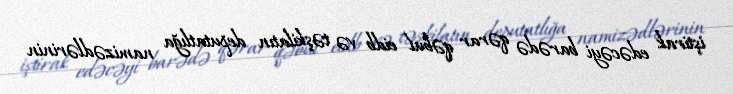
iştirak edəcəyi barədə qərar qəbul eidb və təşkilatın deputatlığa namizədlərinin